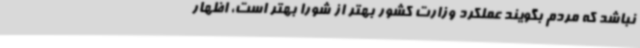
نباشد که مردم بگویند عملکرد وزارت کشور بهتر از شورا بهتر است، اظهار